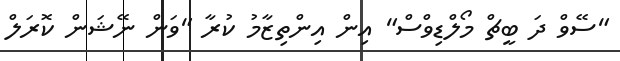
"ސޭވް ދަ ބީޗް މޯލްޑިވްސް" އިން އިންތިޒާމު ކުރާ "ވަން ނޭޝަން ކޮރަލް